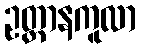
ဥတ္တာနကူလာ